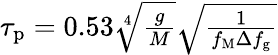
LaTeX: \begin{array}{r}{\tau_{\mathrm{p}}=0.53\sqrt[4]{\frac{g}{M}}\sqrt{\frac{1}{f_{\mathrm{M}}\Delta f_{\mathrm{g}}}}}\end{array}